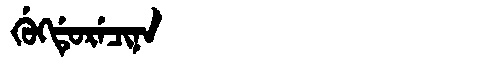
Manchu: ᡤᡠᡴᡩᡠᡵᡝᠴᡳᠨᠠ
Romanization: GUKDURECINA